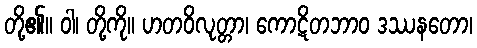
တို့၏။ ဝါ၊ တို့ကို။ ဟတဝိလုတ္တာ၊ ကောဋိတဘာဝ ဒဿနတော၊